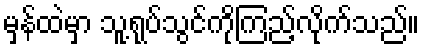
မှန်ထဲမှာ သူ့ရုပ်သွင်ကိုကြည့်လိုက်သည်။